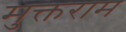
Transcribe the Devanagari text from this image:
मुक्तराम